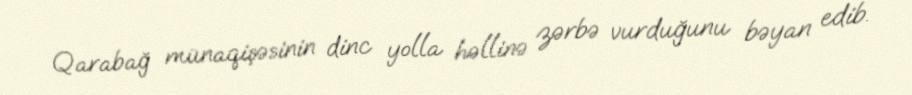
Qarabağ münaqişəsinin dinc yolla həllinə zərbə vurduğunu bəyan edib.